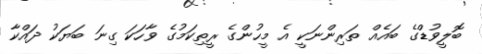
ބޮލީވުޑްގެ ބައެއް ތަރިންނަކީ އެ މީހުންގެ ރީތިކަމުގެ ވާހަކަ ގިނަ ބަޔަކު ދައްކާ